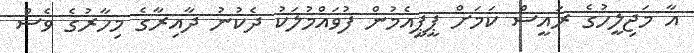
އާ މަޖިލީހުގެ ރައީސް ކަމަށް ޕީޕީއެމުން ފުވައްމުލަކު ދެކުނު ދާއިރާގެ މިހާރުގެ ވެސް